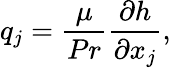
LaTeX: q_{j}=\frac{\mu}{Pr}\frac{\partial h}{\partial x_{j}},